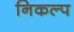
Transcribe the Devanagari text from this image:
निकल्प